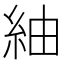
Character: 紬